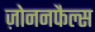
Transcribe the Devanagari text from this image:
ज़ोननफैल्स